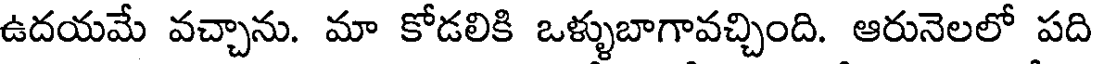
ఉదయమే వచ్చాను. మా కోడలికి ఒళ్ళుబాగావచ్చింది. ఆరునెలలో పది